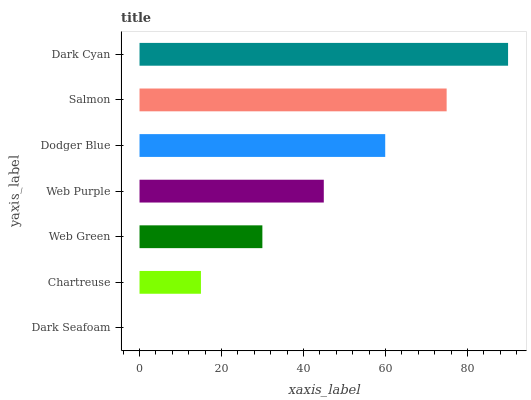
| yaxis_label | bars |
 | --- | --- |
 | Dark Seafoam | 0 |
 | Chartreuse | 15 |
 | Web Green | 30 |
 | Web Purple | 45 |
 | Dodger Blue | 59.9 |
 | Salmon | 74.9 |
 | Dark Cyan | 89.9 |